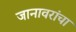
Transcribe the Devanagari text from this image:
जानावरांचा